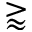
\gtrapprox